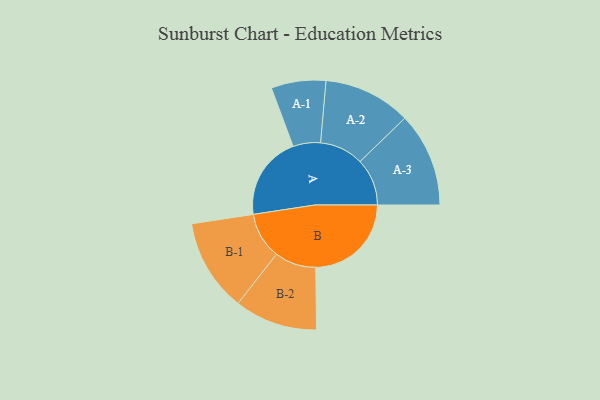
{"axis": {"x": "Segment", "y": "Value"}, "legend": ["", "A", "B"], "data": [{"x": "A", "y": 325, "type": ""}, {"x": "B", "y": 371, "type": ""}, {"x": "A-1", "y": 106, "type": "A"}, {"x": "A-2", "y": 170, "type": "A"}, {"x": "A-3", "y": 183, "type": "A"}, {"x": "B-1", "y": 180, "type": "B"}, {"x": "B-2", "y": 161, "type": "B"}]}